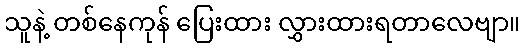
သူနဲ့ တစ်နေကုန် ပြေးထား လွှားထားရတာလေဗျာ။